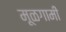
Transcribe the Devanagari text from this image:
मूळगामी